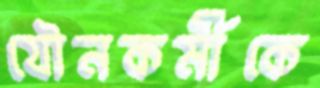
যৌনকর্মীকে